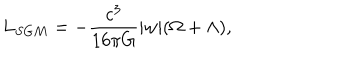
LaTeX: L _ { S G M } = - { \frac { c ^ { 3 } } { 1 6 { \pi } G } } \vert w \vert ( \Omega + \Lambda ) ,